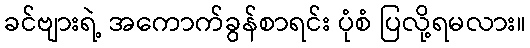
ခင်ဗျားရဲ့ အကောက်ခွန်စာရင်း ပုံစံ ပြလို့ရမလား။